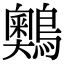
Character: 䴈